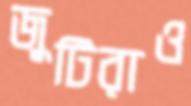
জুটিরাও